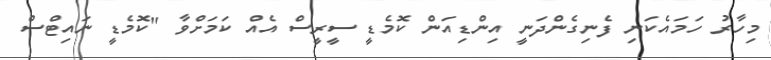
މިހާރު ހަމައެކަނި ފެނިގެންދަނީ އިންޑިއަން ކޮމެޑީ ސީރީސް އެއް ކަމަށްވާ "ކޮމެޑީ ނައިޓްސް